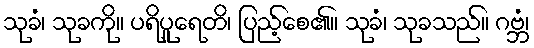
သုခံ၊ သုခကို။ ပရိပူရေတိ၊ ပြည့်စေ၏။ သုခံ၊ သုခသည်။ ဂဗ္ဘံ၊